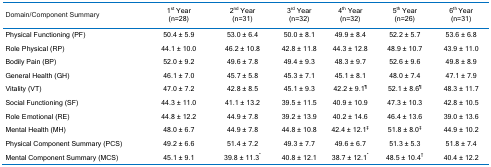
<table><thead><tr><td><b>Domain/Component Summary</b></td><td><b>1<sup>st</sup> Year(n=28)</b></td><td><b>2<sup>nd</sup> Year(n=31)</b></td><td><b>3<sup>rd</sup> Year(n=32)</b></td><td><b>4<sup>th</sup> Year(n=32)</b></td><td><b>5<sup>th</sup> Year(n=26)</b></td><td><b>6<sup>th </sup>Year(n=31)</b></td></tr></thead><tbody><tr><td>Physical Functioning (PF)</td><td>50.4 ± 5.9</td><td>53.0 ± 6.4</td><td>50.0 ± 8.1</td><td>49.9 ± 8.4</td><td>52.2 ± 5.7</td><td>53.6 ± 6.8</td></tr><tr><td>Role Physical (RP)</td><td>44.1 ± 10.0</td><td>46.2 ± 10.8</td><td>42.8 ± 11.8</td><td>44.3 ± 12.8</td><td>48.9 ± 10.7</td><td>43.9 ± 11.0</td></tr><tr><td>Bodily Pain (BP)</td><td>52.0 ± 9.2</td><td>49.6 ± 7.8</td><td>49.4 ± 9.3</td><td>48.3 ± 9.7</td><td>52.6 ± 9.6</td><td>49.8 ± 8.9</td></tr><tr><td>General Health (GH)</td><td>46.1 ± 7.0</td><td>45.7 ± 5.8</td><td>45.3 ± 7.1</td><td>45.1 ± 8.1</td><td>48.0 ± 7.4</td><td>47.1 ± 7.9</td></tr><tr><td>Vitality (VT)</td><td>47.0 ± 7.2</td><td>42.8 ± 8.5</td><td>45.1 ± 9.3</td><td>42.2 ± 9.1<sup>¶</sup></td><td>52.1 ± 8.6<sup>¶</sup></td><td>48.3 ± 11.7</td></tr><tr><td>Social Functioning (SF)</td><td>44.3 ± 11.0</td><td>41.1 ± 13.2</td><td>39.5 ± 11.5</td><td>40.9 ± 10.9</td><td>47.3 ± 10.3</td><td>42.8 ± 10.5</td></tr><tr><td>Role Emotional (RE)</td><td>44.8 ± 12.2</td><td>44.9 ± 7.8</td><td>39.2 ± 13.9</td><td>40.2 ± 14.6</td><td>46.4 ± 13.6</td><td>39.0 ± 13.6</td></tr><tr><td>Mental Health (MH)</td><td>48.0 ± 6.7</td><td>44.9 ± 7.8</td><td>44.8 ± 10.8</td><td>42.4 ± 12.1<sup>‡</sup></td><td>51.8 ± 8.0<sup>‡</sup></td><td>44.9 ± 10.2</td></tr><tr><td>Physical Component Summary (PCS)</td><td>49.2 ± 6.6</td><td>51.4 ± 7.2</td><td>49.3 ± 7.7</td><td>49.6 ± 6.7</td><td>51.3 ± 5.3</td><td>51.8 ± 7.4</td></tr><tr><td>Mental Component Summary (MCS)</td><td>45.1 ± 9.1</td><td>39.8 ± 11.3<sup>*</sup></td><td>40.8 ± 12.1</td><td>38.7 ± 12.1<sup>*</sup></td><td>48.5 ± 10.4<sup>†</sup></td><td>40.4 ± 12.2</td></tr></tbody></table>